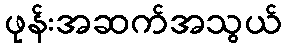
ဖုန်းအဆက်အသွယ်